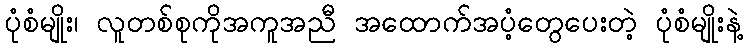
ပုံစံမျိုး၊ လူတစ်စုကိုအကူအညီ အထောက်အပံ့တွေပေးတဲ့ ပုံစံမျိုးနဲ့